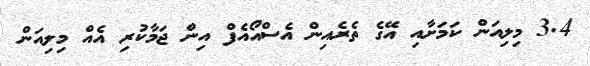
3.4 މިލިއަން ކަމަށާއި އޭގެ ތެރެއިން އެސްއޯއެފް އިން ޖަމާކުރި އެއް މިލިއަން